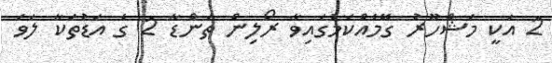
2 އަކީ މަޝްހޫރު ގޭމެއްކަމުގައިވާ ރޯލިން ތަންޑާ 2 ގެ އަޑުތަކާ ލަވަ